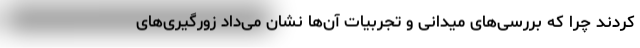
کردند چرا که بررسی‌های میدانی و تجربیات آن‌ها نشان می‌داد زورگیری‌های